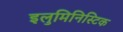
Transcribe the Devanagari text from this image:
इलुमिनिस्टिक